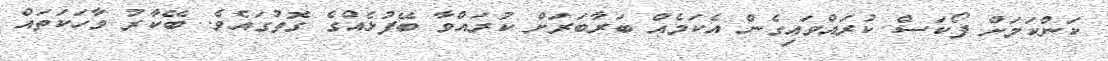
ކަންކަމަށް ފޯކަސް ކުރައްވައިގެން އެކަމެއް ބަރާބަރަށް ކުރައްވާ ބޭފުޅެއްގެ ގޮތުގައެވެ. ބޭކާރު ވާހަކަތައް